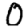
Digit: 0